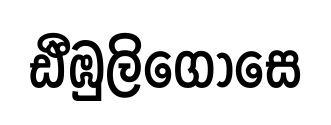
ඪීඹුලිගොසෙ